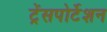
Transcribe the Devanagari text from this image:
ट्रेंसपोर्टेशन